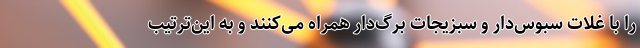
را با غلات سبوس‌دار و سبزیجات برگ‌دار همراه می‌کنند و به این‌ترتیب